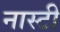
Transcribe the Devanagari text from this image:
नास्टी